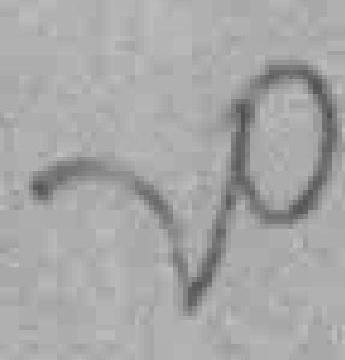
20